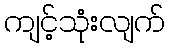
ကျင့်သုံးလျက်